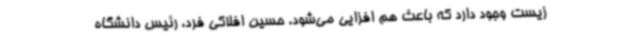
زیست وجود دارد که باعث هم افزایی می‌شود. حسین افلاکی فرد، رئیس دانشگاه